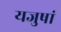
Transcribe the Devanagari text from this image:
यजुषां